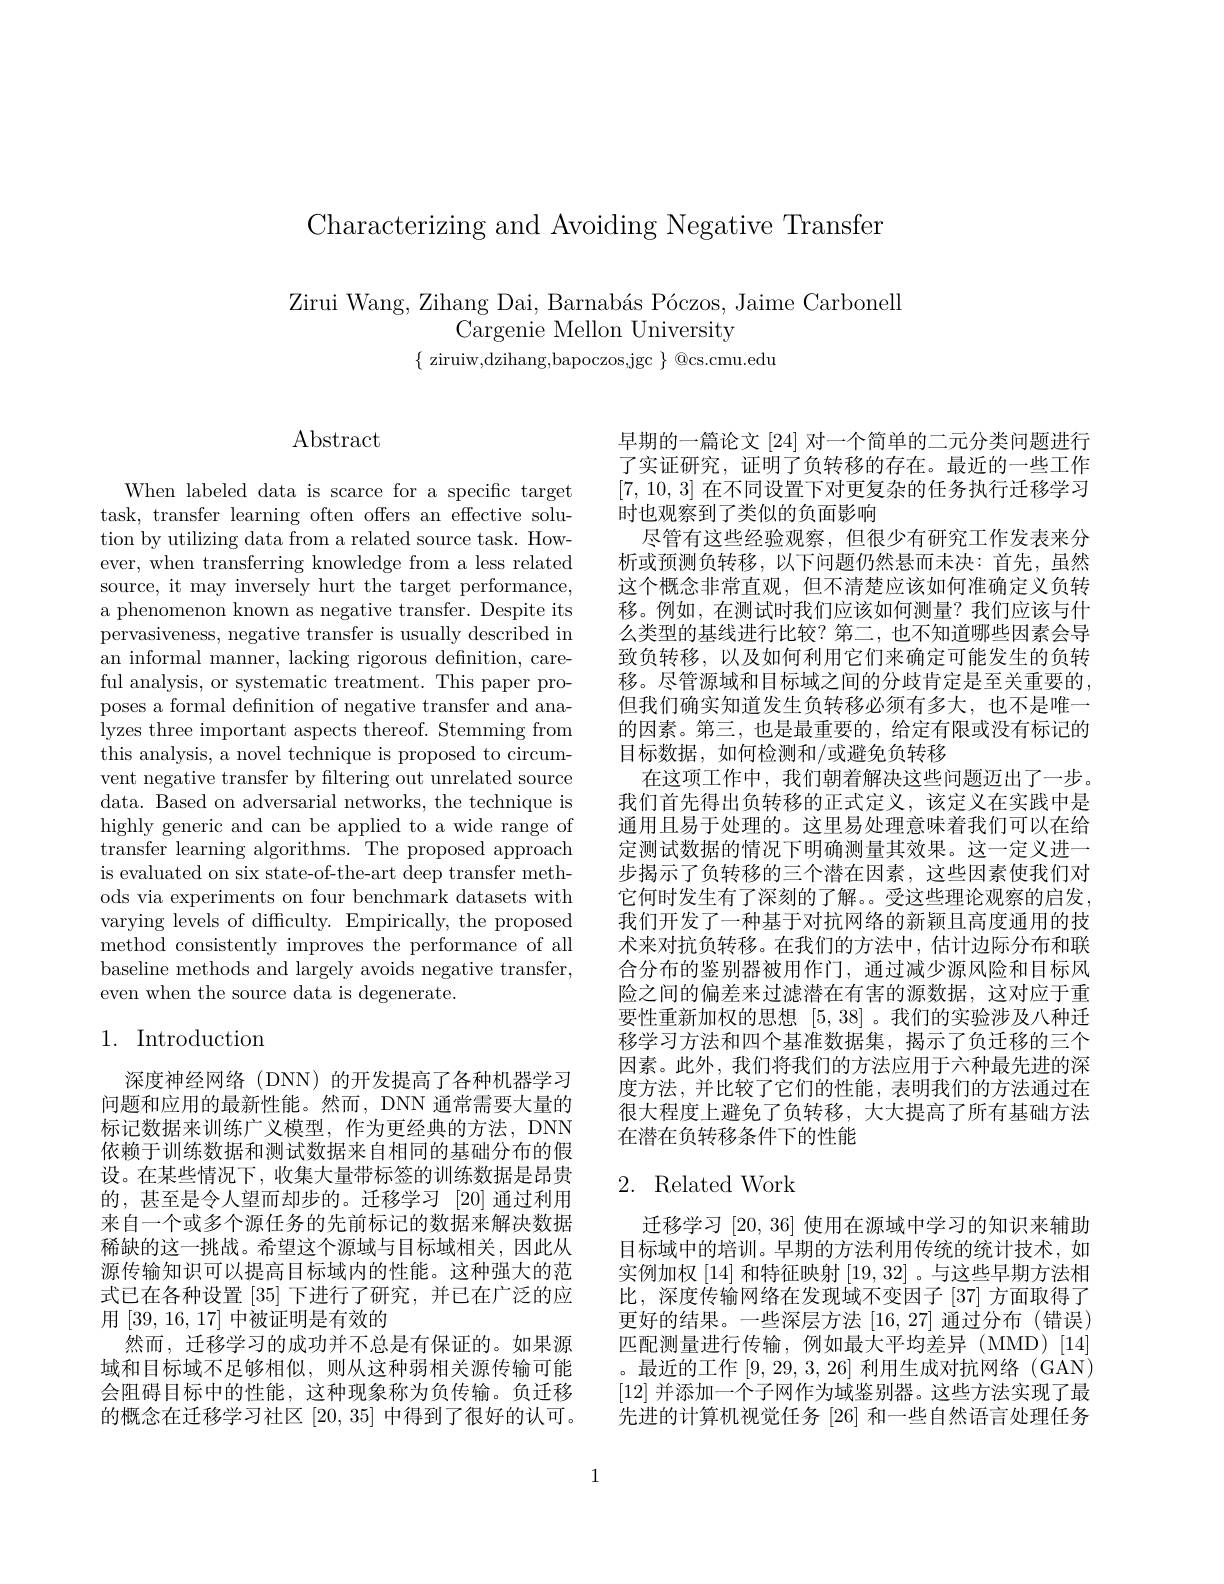
Characterizing and Avoiding Negative Transfer

Zirui Wang, Zihang Dai, Barnabás Póczos, Jaime Carbonell
Cargenie Mellon University
$\{$ ziruiw,dzihang,bapoczos,jgc $\}$ @cs.cmu.edu

# $\operatorname{Abstract}$

When labeled data is scarce for a specific target task, transfer learning often offers an effective solution by utilizing data from a related source task. However, when transferring knowledge from a less related source, it may inversely hurt the target performance, a phenomenon known as negative transfer. Despite its pervasiveness, negative transfer is usually described in an informal manner, lacking rigorous defnition, careful analysis, or systematic treatment. This paper proposes a formal defnition of negative transfer and analyzes three important aspects thereof. Stemming from this analysis, a novel technique is proposed to circumvent negative transfer by filtering out unrelated source data. Based on adversarial networks, the technique is highly generic and can be applied to a wide range of transfer learning algorithms. The proposed approach is evaluated on six state-of-the-art deep transfer methods via experiments on four benchmark datasets with varying levels of difficulty. Empirically, the proposed method consistently improves the performance of all baseline methods and largely avoids negative transfer, even when the source data is degenerate.

# 1. Introduction

深度神经网络(DNN)的开发提高了各种机器学习问题和应用的最新性能。然而，DNN 通常需要大量的标记数据来训练广义模型，作为更经典的方法，DNN 依赖于训练数据和测试数据来自相同的基础分布的假设。在某些情况下，收集大量带标签的训练数据是昂贵的，甚至是令人望而却步的。迁移学习[20]通过利用来自一个或多个源任务的先前标记的数据来解决数据稀缺的这一挑战。希望这个源域与目标域相关，因此从源传输知识可以提高目标域内的性能。这种强大的范式已在各种设置[35]下进行了研究，并已在广泛的应用[39,16,17]中被证明是有效的
然而，迁移学习的成功并不总是有保证的。如果源域和目标域不足够相似，则从这种弱相关源传输可能会阻碍目标中的性能，这种现象称为负传输。负迁移的概念在迁移学习社区[20,35]中得到了很好的认可。

早期的一篇论文[24] 对一个简单的二元分类问题进行了实证研究，证明了负转移的存在。最近的一些工作[7,10,3]在不同设置下对更复杂的任务执行迁移学习时也观察到了类似的负面影响
尽管有这些经验观察，但很少有研究工作发表来分析或预测负转移，以下间题仍然悬而未决：首先，虽然这个概念非常直观，但不清楚应该如何准确定义负转移。例如，在测试时我们应该如何测量？我们应该与什么类型的基线进行比较？第二，也不知道哪些因素会导致负转移，以及如何利用它们来确定可能发生的负转移。尽管源域和目标域之间的分歧肯定是至关重要的， 但我们确实知道发生负转移必须有多大，也不是唯一的因素。第三，也是最重要的，给定有限或没有标记的目标数据，如何检测和/或避免负转移
在这项工作中，我们朝着解决这些问题迈出了一步。我们首先得出负转移的正式定义，该定义在实践中是通用且易于处理的。这里易处理意味着我们可以在给定测试数据的情况下明确测量其效果。这一定义进一步揭示了负转移的三个潜在因素，这些因素使我们对它何时发生有了深刻的了解。受这些理论观察的启发， 我们开发了一种基于对抗网络的新颖且高度通用的技术来对抗负转移。在我们的方法中，估计边际分布和联合分布的鉴别器被用作门，通过减少源风险和目标风险之间的偏差来过滤潜在有害的源数据，这对应于重要性重新加权的思想[5,38] 。我们的实验涉及八种迁移学习方法和四个基准数据集，揭示了负迁移的三个因素。此外，我们将我们的方法应用于六种最先进的深度方法，并比较了它们的性能，表明我们的方法通过在很大程度上避免了负转移，大大提高了所有基础方法在潜在负转移条件下的性能

## 2. Related Work

迁移学习[20,36]使用在源域中学习的知识来辅助目标域中的培训。早期的方法利用传统的统计技术，如实例加权[14]和特征映射[19,32] 。与这些早期方法相比，深度传输网络在发现域不变因子[37]方面取得了更好的结果。一些深层方法[16,27]通过分布(错误) 匹配测量进行传输，例如最大平均差异(MMD)[14] 。最近的工作[9,29,3,26]利用生成对抗网络(GAN) [12]并添加一个子网作为域鉴别器。这些方法实现了最先进的计算机视觉任务|26|和一些自然语言处理任务

1